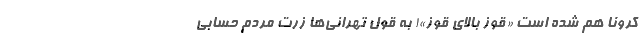
کرونا هم شده است «قوز بالای قوز»! به قول تهرانی‌ها زِرت مردم حسابی